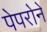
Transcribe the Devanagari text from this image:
पेपरोने